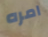
امره